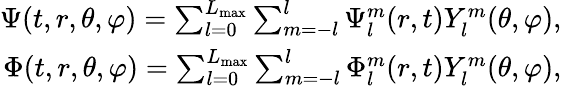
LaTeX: \begin{array}{r}{\Psi(t,r,\theta,\varphi)=\sum_{l=0}^{L_{\mathrm{max}}}\sum_{m=-l}^{l}{\Psi_{l}^{m}(r,t)Y_{l}^{m}(\theta,\varphi)},}\\ {\Phi(t,r,\theta,\varphi)=\sum_{l=0}^{L_{\mathrm{max}}}\sum_{m=-l}^{l}{\Phi_{l}^{m}(r,t)Y_{l}^{m}(\theta,\varphi)},}\end{array}